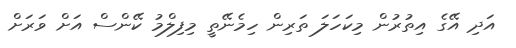
އަދި އޭގެ އިތުރުން މިކަހަލަ ތަރިން ހިމެނޭތީ މިފިލްމު ކޭންސް އަށް ވަރަށް